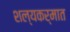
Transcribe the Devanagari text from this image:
शल्यकर्मात